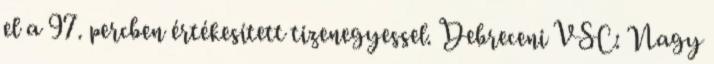
el a 97. percben értékesített tizenegyessel. Debreceni VSC: Nagy